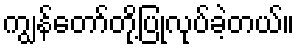
ကျွန်တော်တို့ပြုလုပ်ခဲ့တယ်။